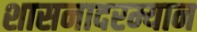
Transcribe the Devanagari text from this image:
शासनादरम्यान